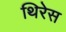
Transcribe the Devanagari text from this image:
थिरेस